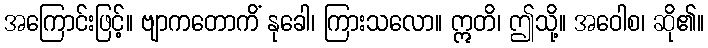
အကြောင်းဖြင့်။ ဗျာကတောကိံ နုခေါ၊ ကြားသလော။ ဣတိ၊ ဤသို့။ အဝေါစ၊ ဆို၏။